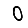
Digit: 0